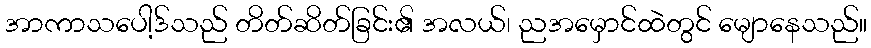
အာကာသပေါ့ဒ်သည် တိတ်ဆိတ်ခြင်း၏ အလယ်၊ ညအမှောင်ထဲတွင် မျောနေသည်။